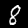
Label: 8